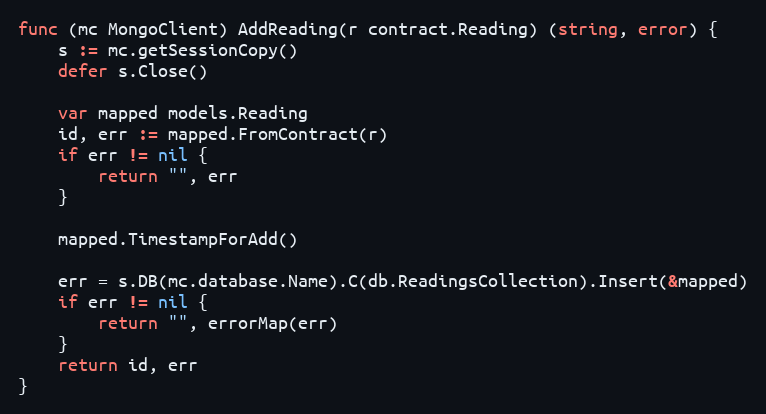
Language: Go
func (mc MongoClient) AddReading(r contract.Reading) (string, error) {
	s := mc.getSessionCopy()
	defer s.Close()

	var mapped models.Reading
	id, err := mapped.FromContract(r)
	if err != nil {
		return "", err
	}

	mapped.TimestampForAdd()

	err = s.DB(mc.database.Name).C(db.ReadingsCollection).Insert(&mapped)
	if err != nil {
		return "", errorMap(err)
	}
	return id, err
}